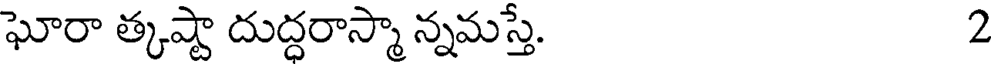
ఘోరా త్కష్టా దుద్ధరాస్మా న్నమస్తే. 2